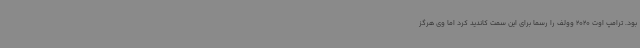
بود. ترامپ اوت 2020 وولف را رسما برای این سمت کاندید کرد اما وی هرگز